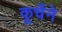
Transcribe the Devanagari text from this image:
कूर्चेने